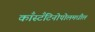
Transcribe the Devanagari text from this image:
काँस्टँटिनोपोलमधील